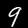
Digit: 9